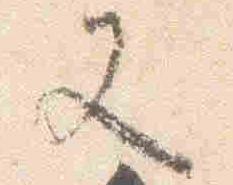
又